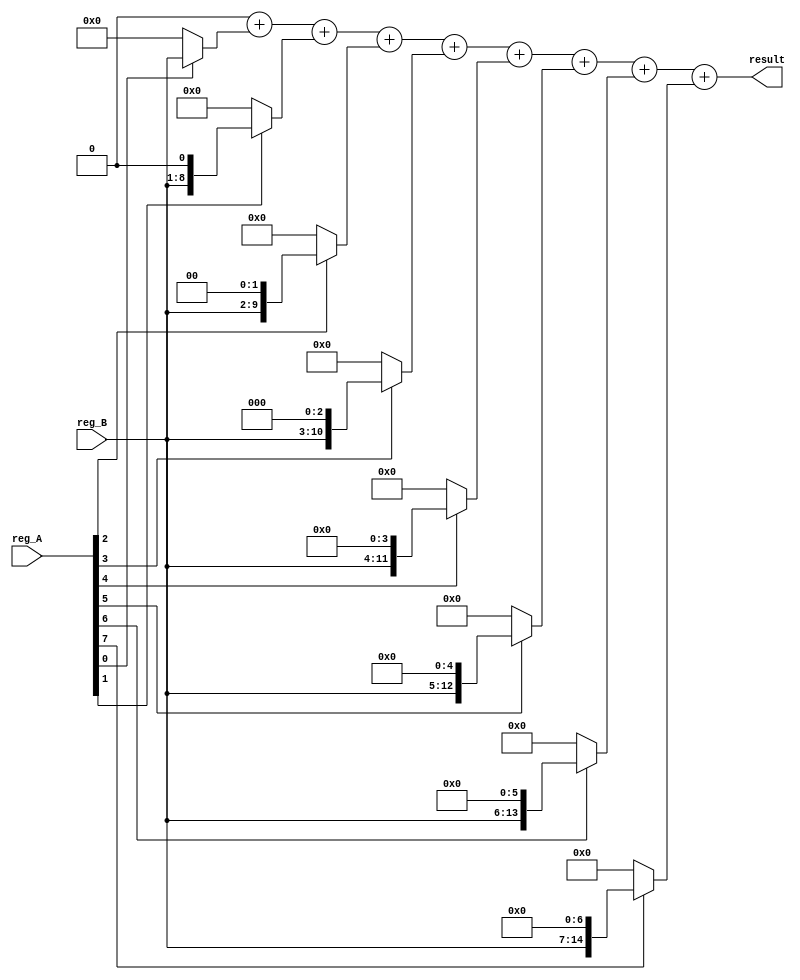
module umult8(reg_A, reg_B, result);
	// INPUTS
	input [0:7] reg_A, reg_B;
	
	// OUTPUTS
	output [0:15] result;
	
	// REGISTERS
	reg [0:15] p8a_0;
	reg [0:15] p8b_0;
	reg [0:15] pt;
	reg [0:15] result;
	
	// INTEGERS (contols for loops)
	integer i;

	always @ (reg_A or reg_B)
		begin
		//   reg_B
		// x reg_A
		// -------
		// result
		
		p8a_0=16'b0;
		p8b_0=16'b0;
		pt=16'b0;
		
		
		// extend operand B
		p8b_0={{8{1'b0}},reg_B[0:7]};
		
		// extend operand A
		p8a_0={{8{1'b0}},reg_A[0:7]};

		// compute sum due to partial products
/*
		// not using for loop
		pt=pt+(p8a_0[15]?(p8b_0):16'b0);
		pt=pt+(p8a_0[14]?(p8b_0<<8'd1):16'b0);
		pt=pt+(p8a_0[13]?(p8b_0<<8'd2):16'b0);
		pt=pt+(p8a_0[12]?(p8b_0<<8'd3):16'b0);
		pt=pt+(p8a_0[11]?(p8b_0<<8'd4):16'b0);
		pt=pt+(p8a_0[10]?(p8b_0<<8'd5):16'b0);
		pt=pt+(p8a_0[9]?(p8b_0<<8'd6):16'b0);
		pt=pt+(p8a_0[8]?(p8b_0<<8'd7):16'b0);
*/
		// same computation as above, but using for loop
		for (i=15; i>7; i=i-1)
			begin
			pt=pt+(p8a_0[i]?(p8b_0<<(8'd15-i)):16'b0);
			end
		// store sum as result
		result<=pt;
		end
endmodule